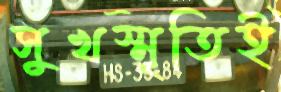
সুখস্মৃতিই